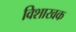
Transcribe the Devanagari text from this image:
विशाखक